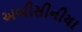
અબીસીનીયા